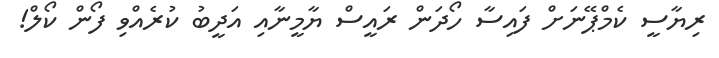
ރިޔާސީ ކެމްޕޭނަށް ފައިސާ ހޯދަން ރައީސް ޔާމީނާއި އަދީބު ކުރެއްވި ފޯން ކޯލް!